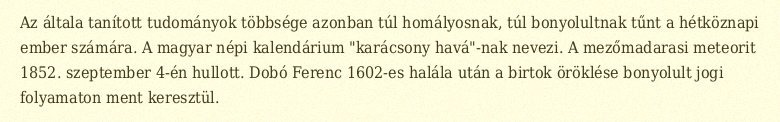
Az általa tanított tudományok többsége azonban túl homályosnak, túl bonyolultnak tűnt a hétköznapi ember számára. A magyar népi kalendárium "karácsony havá"-nak nevezi. A mezőmadarasi meteorit 1852. szeptember 4-én hullott. Dobó Ferenc 1602-es halála után a birtok öröklése bonyolult jogi folyamaton ment keresztül.